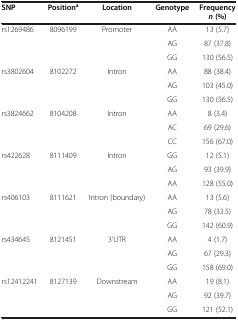
| SNP | Positiona | Location | Genotype | Frequency n (%) |
 | --- | --- | --- | --- | --- |
 | rs1269486 | 8096199 | Promoter | AA | 13 (5.7) |
 |  |  |  | AG | 87 (37.8) |
 |  |  |  | GG | 130 (56.5) |
 | rs3802604 | 8102272 | Intron | AA | 88 (38.4) |
 |  |  |  | AG | 103 (45.0) |
 |  |  |  | GG | 130 (56.5) |
 | rs3824662 | 8104208 | Intron | AA | 8 (3.4) |
 |  |  |  | AC | 69 (29.6) |
 |  |  |  | CC | 156 (67.0) |
 | rs422628 | 8111409 | Intron | GG | 12 (5.1) |
 |  |  |  | AG | 93 (39.9) |
 |  |  |  | AA | 128 (55.0) |
 | rs406103 | 8111621 | Intron (boundary) | AA | 13 (5.6) |
 |  |  |  | AG | 78 (33.5) |
 |  |  |  | GG | 142 (60.9) |
 | rs434645 | 8121451 | 3’UTR | AA | 4 (1.7) |
 |  |  |  | AG | 67 (29.3) |
 |  |  |  | GG | 158 (69.0) |
 | rs12412241 | 8127139 | Downstream | AA | 19 (8.1) |
 |  |  |  | AG | 92 (39.7) |
 |  |  |  | GG | 121 (52.1) |